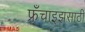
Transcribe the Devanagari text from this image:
फ्रँचाइझसाठी